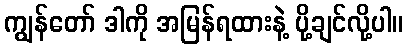
ကျွန်တော် ဒါကို အမြန်ရထားနဲ့ ပို့ချင်လို့ပါ။